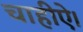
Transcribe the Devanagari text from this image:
चाहीऐ।